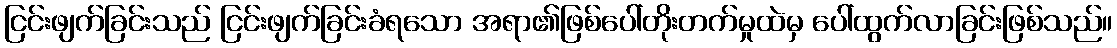
ငြင်းဖျက်ခြင်းသည် ငြင်းဖျက်ခြင်းခံရသော အရာ၏ဖြစ်ပေါ်တိုးတက်မှုထဲမှ ပေါ်ထွက်လာခြင်းဖြစ်သည်။